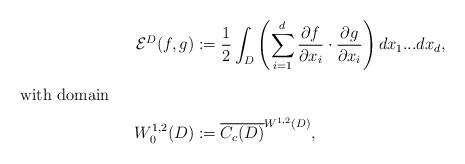
LaTeX: \begin{align*} \mathcal{E}^D(f,g)&:=\frac{1}{2}\int_D \left(\sum_{i=1}^d\dfrac{\partial f}{\partial x_i}\cdot\dfrac{\partial g}{\partial x_i}\right)dx_1...dx_d, \intertext{with domain} W_0^{1,2}(D)&:=\overline{C_c(D)}^{W^{1,2}(D)}, \end{align*}